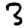
Digit: 3